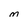
Character: M